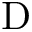
\mathrm { D }